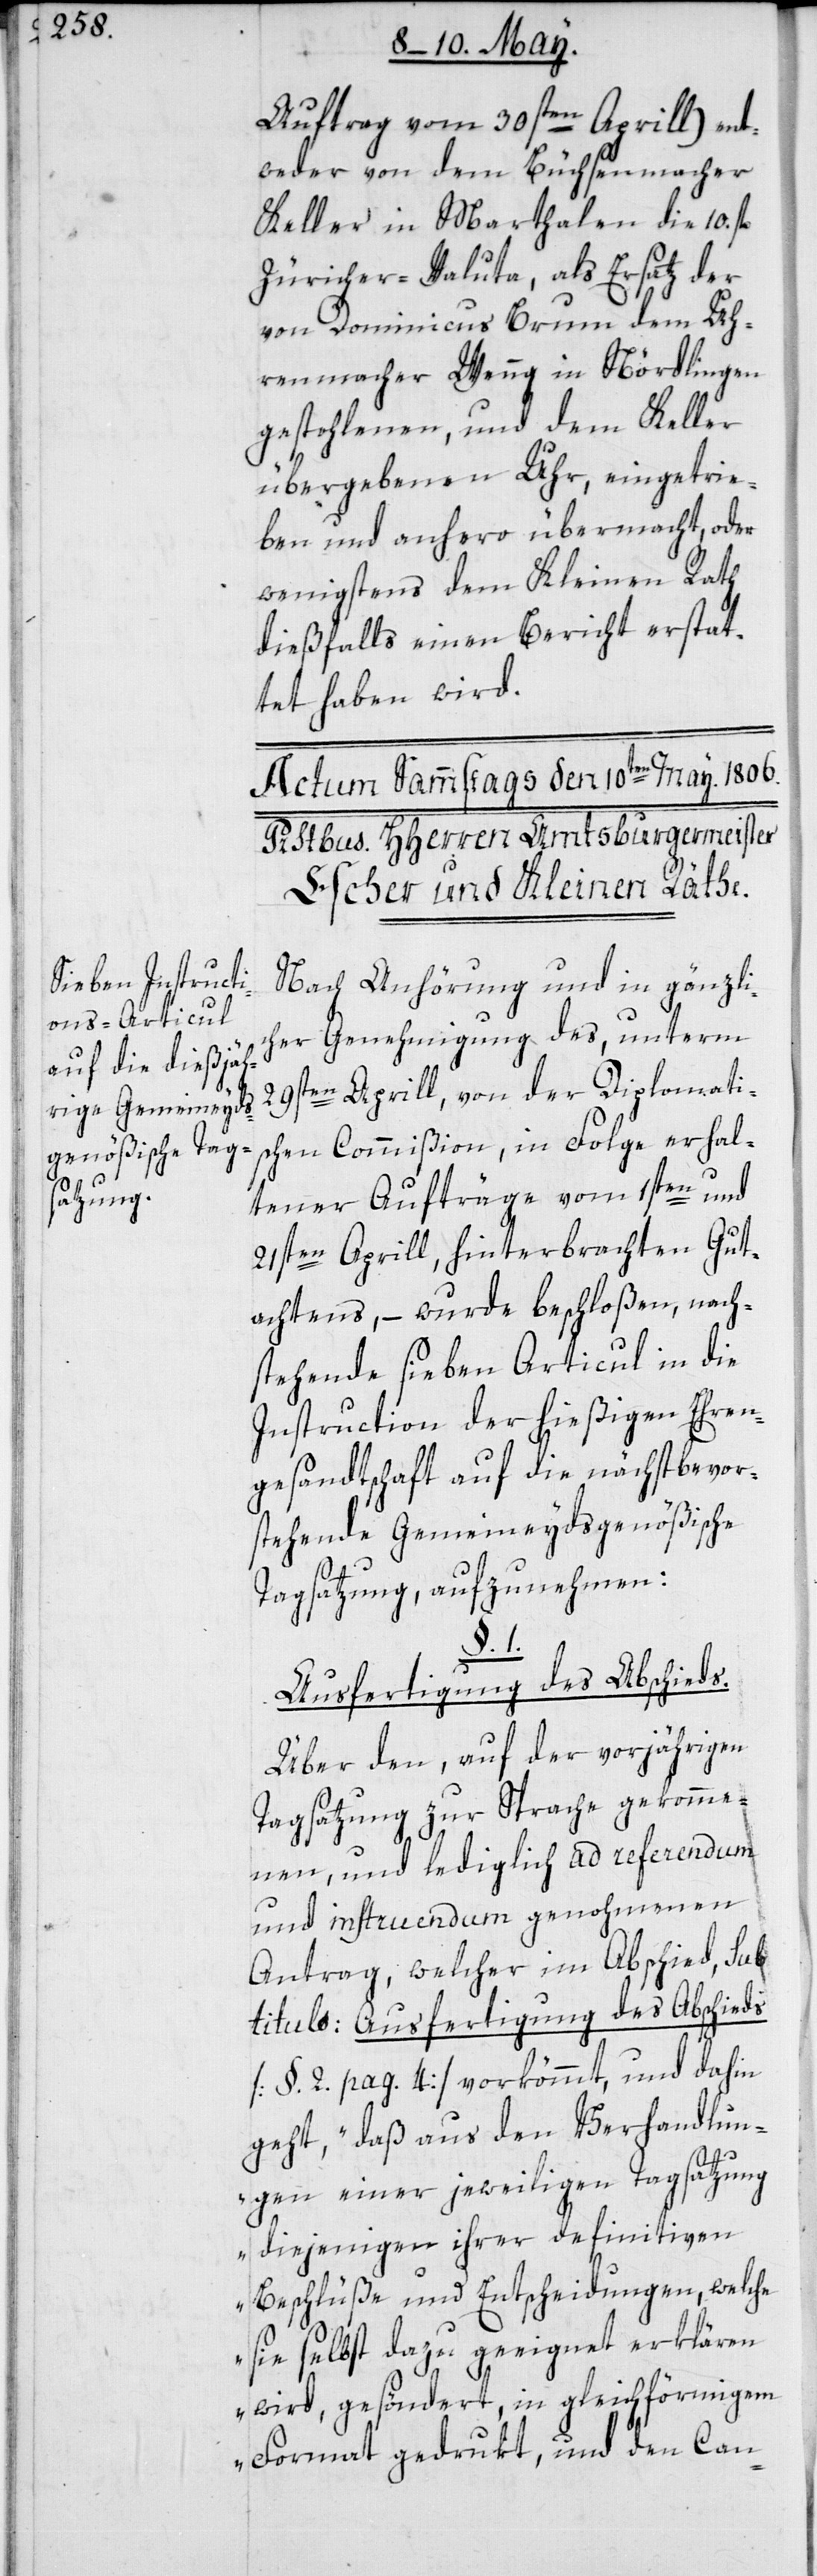
Auftrag vom 30sten Aprill) ent¬
weder von dem Büchsenmacher
Keller in Marthalen die 10.
Züricher-Valuta, als Ersatz der
von Dominicus Brumm dem Uh¬
renmacher Wenng in Nördlingen
gestohlenen, und dem Keller
übergebenen Uhr, eingetrie¬
ben und anhero übermacht, oder
wenigstens dem Kleinen Rath
dießfalls einen Bericht erstat¬
tet haben wird.